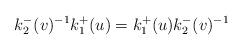
LaTeX: \begin{align*}k_{2}^{-}(v)^{-1}k_{1}^{+}(u)=k_{1}^{+}(u)k_{2}^{-}(v)^{-1}\end{align*}